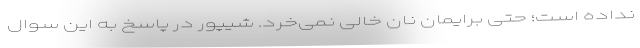
نداده است؛ حتی برایمان نان خالی نمی‌خرد. شیپور در پاسخ به این سوال